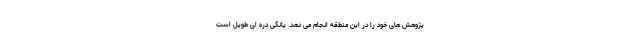
پژوهش های خود را در این منطقه انجام می دهد. یانگی دره ای طویل است